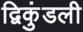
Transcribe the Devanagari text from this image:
द्विकुंडली